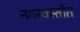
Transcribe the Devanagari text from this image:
नगरवस्तीत